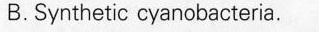
B.Synthetic cyanobacteria.